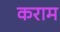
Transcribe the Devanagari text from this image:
कराम